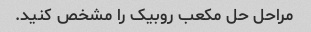
مراحل حل مکعب روبیک را مشخص کنید.